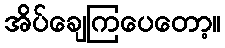
အိပ်ချေကြပေတော့။